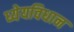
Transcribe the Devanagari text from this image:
ध्येयविधान